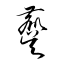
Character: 麌